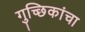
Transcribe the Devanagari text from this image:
गुच्छिकांचा